Lunatic asylums in Bengal annual reports 1888-1898 - 1888-1898
Year: 1888
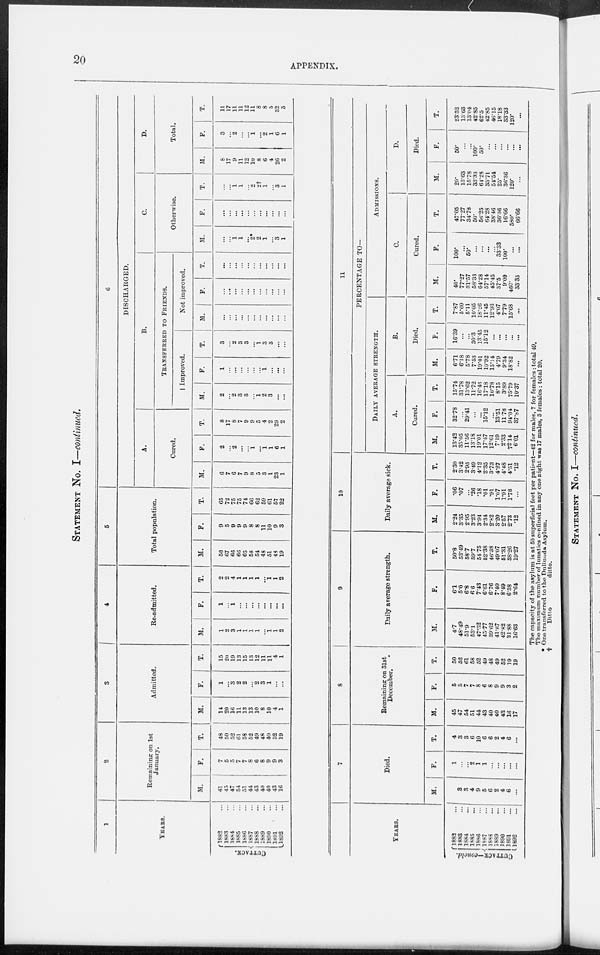
20
APPENDIX.
STATEMENT No. I—continued.
1
YEARS.
CUTTACK.
1882 ...
1883 ...
1884 ...
1885 ...
1886 ...
1887 ...
1888 ...
1889 ...
1890 ...
1891 ...
1892 ...
2
Remaining on 1st
January.
M.
41
45
47
54
51
44
43
40
40
43
16
F.
7
5
5
7
7
8
6
8
9
9
3
T.
48
50
52
61
58
52
49
48
49
52
19
3
Admitted.
M.
14
20
16
11
13
13
10
8
10
4
1
F.
1
...
3
2
2
...
2
3
1
...
...
T.
15
20
19
13
15
13
12
11
11
4
1
4
Re-admitted.
M.
1
2
3
1
1
1
1
...
1
1
2
F.
1
...
1
...
...
...
...
...
...
...
...
T.
2
2
4
1
1
1
1
...
1
1
2
5
Total population.
M.
56
67
66
66
65
58
54
48
51
48
19
F.
9
5
9
9
9
8
8
11
10
9
3
T.
65
72
75
75
74
66
62
59
61
57
22
6
DISCHARGED.
A.
Cured.
M.
6
7
6
7
9
8
5
3
1
23
1
F.
2
...
2
...
...
1
...
1
1
6
1
T.
8
17
8
7
9
9
5
4
2
29
2
B.
TRANSFERRED TO FRIENDS.
Improved.
M.
2
...
2
3
3
...
1
2
3
...
...
F.
1
...
...
...
...
...
...
1
...
...
...
T.
3
...
2
3
3
...
1
3
3
...
...
Not improved.
M.
...
...
...
...
...
...
...
...
...
...
...
F.
...
...
...
...
...
...
...
...
...
...
...
T.
...
...
...
...
...
...
...
...
...
...
...
C.
Otherwise.
M.
...
...
1 1
...
2*
2
1
...
3
1
F.
...
...
...
...
...
...
...
...
...
...
...
T.
...
...
1
1
...
2
2†
1
...
3
1
D.
Total.
M.
8
17
9
11
12
10
8
6
4
26
2
F.
3
...
2
...
...
1
...
2
1
6
1
T.
11
17
11
11
12
11
8
8
5
32
3
YEARS.
CUTTACK—concld.
1882 ...
1883 ...
1884 ...
1885 ...
1886 ...
1887 ...
1888 ...
1889 ...
1890 ...
1891 ...
1892 ...
7
Died.
M.
3
3
3
4
9
5
6
2
4
6
...
F.
1
...
...
2
1
1
...
...
...
...
...
T.
4
3
3
6
10
6
6
2
4
6
...
8
Remaining on 31st
December.
M.
45
47
54
51
44
43
40
40
43
16
17
F.
5
5
7
7
8
6
8
9
9
3
2
T.
50
52
61
58
52
49
48
49
52
19
19
9
Daily average strength.
M.
44.7
48.49
51.9
53.1
47.32
45.77
39.62
41.67
42.82
31.88
16.63
F.
6.1
5.0
6.8
66
7.43
6.61
6.76
7.40
8.49
6.38
2.64
T.
50.8
53.49
58.7
59.7
54.75
52.38
46.38
49.07
51.31
38.26
19.27
10
Daily average sick.
M.
2.24
3.35
2.95
3.23
3.94
2.34
2.82
3.20
2.57
2.73
.12
F.
.06
.07
...
.26
.18
.01
.91
1.07
1.91
1.78
...
T.
2.30
3.42
2.95
3.49
4.12
2.35
3.73
4.27
4.48
4.51
.12
11
PERCENTAGE TO—
DAILY AVERAGE STRENGTH.
A.
Cured.
M.
13.42
35.05
11.56
13.18
19.01
17.47
12.61
7.19
2.33
72.14
6.01
F.
32.78
...
29.41
...
...
15.12
...
13.51
11.78
94.04
37.87
T.
15.74
31.78
13.62
11.72
16.43
17.18
10.78
8.15
3.89
75.79
10.37
B.
Died.
M.
6.71
6.18
5.78
7.53
19.01
10.92
15.14
4.79
9.34
18.82
...
F.
16.39
...
...
30.3
13.45
15.12
...
...
...
...
...
T.
7.87
5.60
5.11
10.05
18.26
11.45
12.93
4.07
7.79
15.68
...
ADMISSIONS.
C.
Cured.
M.
40.
77.27
31.57
58.33
64.28
57.14
45.45
37.5
9.09
460.
33.33
F.
100.
...
50.
...
...
...
...
33.33
100.
...
...
T.
47.05
77.27
34.78
50.
56.25
64.28
38.46
36.36
16.66
580.
66.66
D.
Died.
M.
20.
13.63
15.78
33.33
64.28
35.71
54.54
25.
36.36
120.
...
F.
50.
...
...
100.
50.
...
...
...
...
...
...
T.
23.52
13.63
13.04
42.85
62.5
42.85
46.15
18.18
33.33
120.
...
The capacity of the asylum is at 50 superficial feet per patient—42 for males, 7 for females : total 49.
The maximum number of lunatics confined in any one night was 17 males, 3 females : total 20.
* One transferred to the Dullunda Asylum.
†
Ditto
ditto.